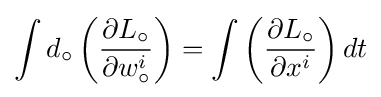
\int d_{\circ }\left({\frac {\partial L_{\circ }}{\partial w_{\circ }^{i}}}\right)=\int \left({\frac {\partial L_{\circ }}{\partial x^{i}}}\right)dt